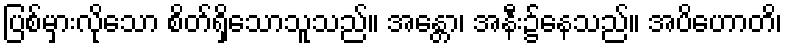
ပြစ်မှားလိုသော စိတ်ရှိသောသူသည်။ အန္တော၊ အနီး၌နေသည်။ အပိဟောတိ၊